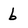
Character: b